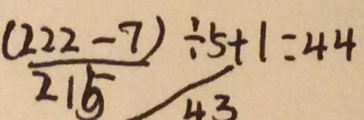
\frac { ( 2 2 2 + 7 ) } { 2 1 5 } \div 5 + 1 = 4 4